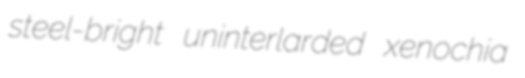
steel-bright uninterlarded xenochia